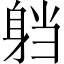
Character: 𮜴